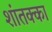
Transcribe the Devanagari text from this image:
शांतक्का